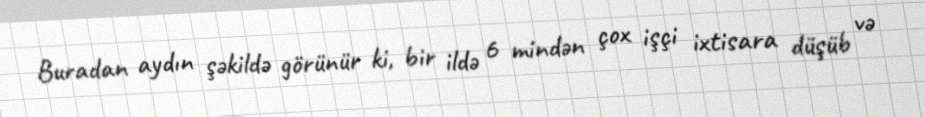
Buradan aydın şəkildə görünür ki, bir ildə 6 mindən çox işçi ixtisara düşüb və